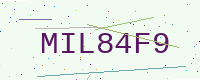
Text: MIL84F9